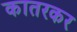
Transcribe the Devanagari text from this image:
कातरकर